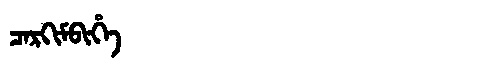
Manchu: ᠴᠠᡵᡴᡳᠮᠪᡳᡥᡝ
Romanization: CARKIMBIHE